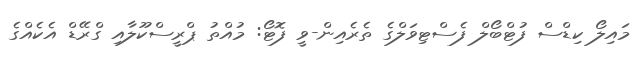
މައިލޯ ކިޑްސް ފުޓްބޯލް ފެސްޓިވަލްގެ ތެރެއިން-ވީ ފޮޓޯ: މުއްތު ޕްރީސްކޫލާއި ގްރޭޑް އެކެއްގެ